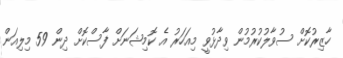
ހާޒިރުކޮށް ސުވާލުކުރުމުން ވިދާޅުވީ މިއަހަރު އެ ކޮމިޝަނަށް ފާސްކޮށް ދިން 59 މިލިއަން